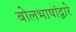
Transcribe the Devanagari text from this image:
बोलभाषांद्वारे